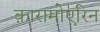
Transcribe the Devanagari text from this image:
क़ारामोएरिन